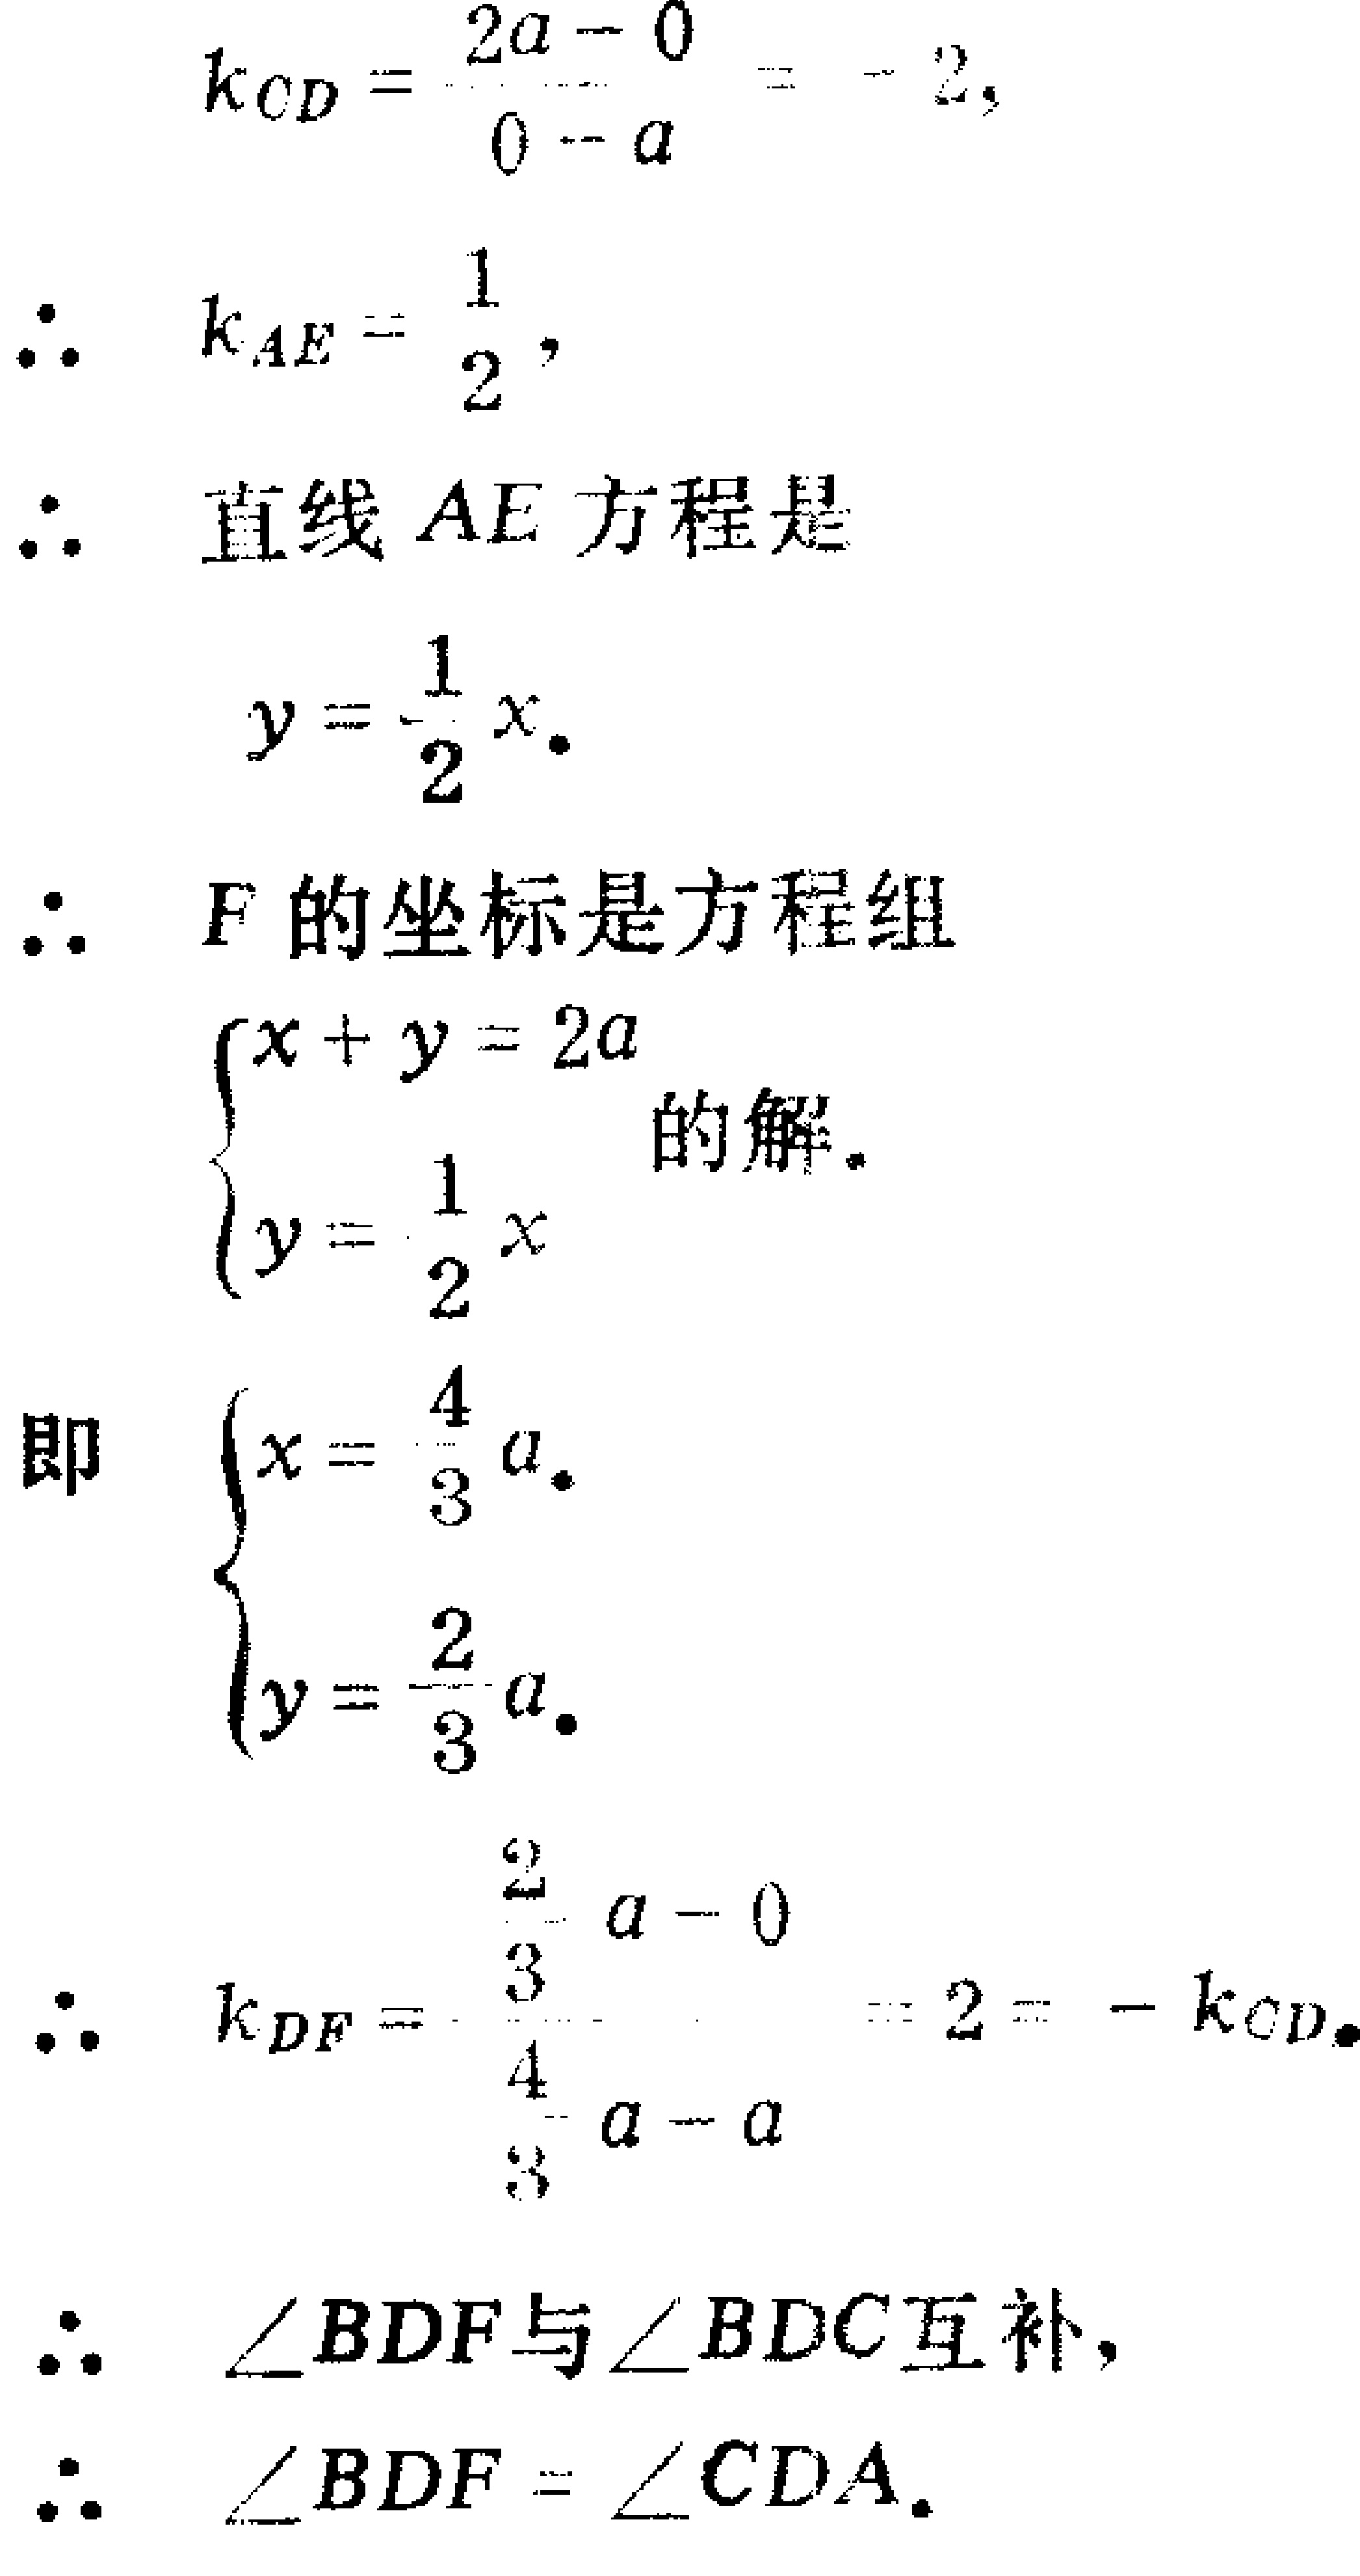
\[

\begin{align*}

k_{CD}&=\frac{2a - 0}{0 - a}=-2,\\

\therefore\ k_{AE}&=\frac{1}{2},\\

\therefore\ &\text{直线 }AE\text{ 方程是}\\

y&=\frac{1}{2}x.\\

\therefore\ &F\text{ 的坐标是方程组}\\

&\begin{cases}

x + y = 2a\\

y=\frac{1}{2}x

\end{cases}\text{ 的解.}\\

\text{即 }\ &\begin{cases}

x=\frac{4}{3}a.\\

y=\frac{2}{3}a.

\end{cases}\\

\therefore\ k_{DF}&=\frac{\frac{2}{3}a - 0}{\frac{4}{3}a - a}=2=-k_{CD}.\\

\therefore\ &\angle BDF\text{ 与 }\angle BDC\text{ 互补},\\

\therefore\ &\angle BDF=\angle CDA.

\end{align*}

\]